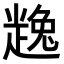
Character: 𧼧